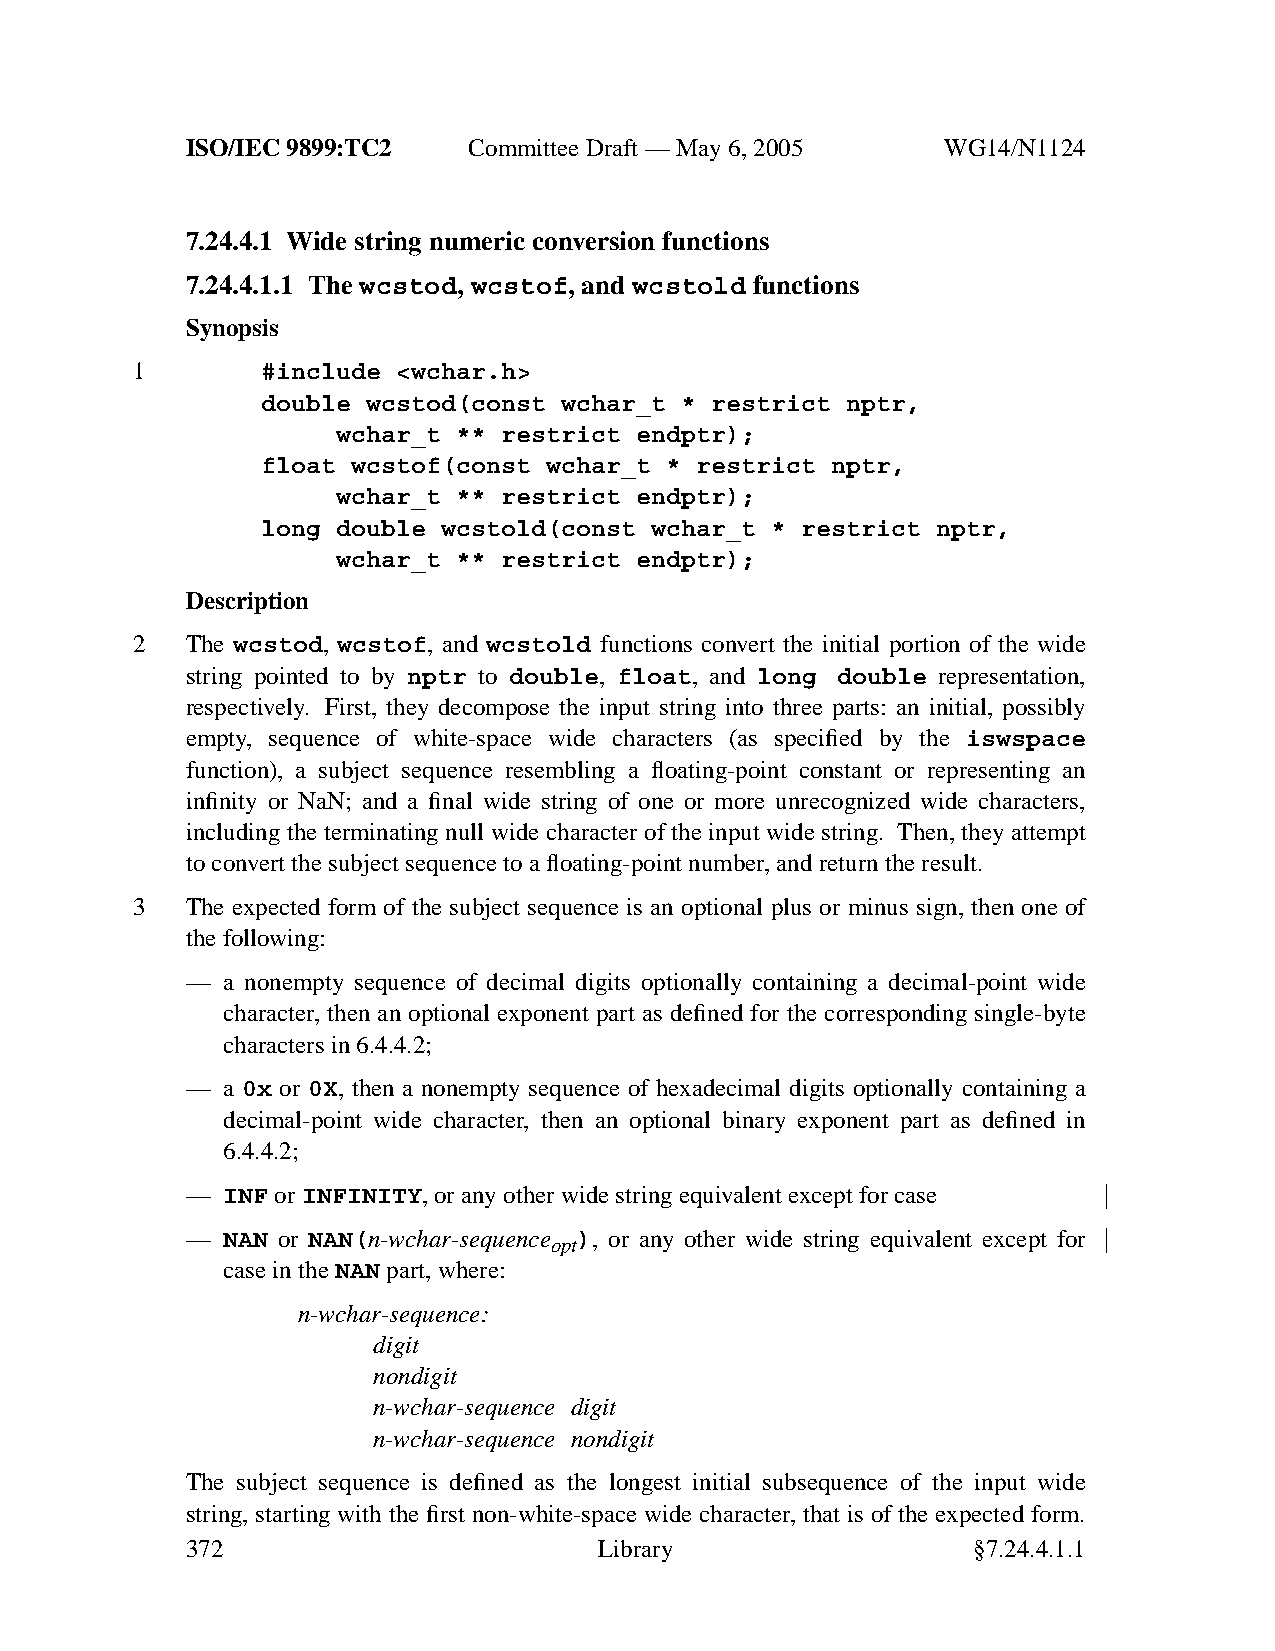
ISO/IEC 9899:TC2   Committee Draft — May 6, 2005   WG14/N1124
 7.24.4.1 Wide string numeric conversion functions
 7.24.4.1.1 The wcstod, wcstof, and wcstold functions
 Synopsis
 1       #include <wchar.h>
 double wcstod(const wchar_t * restrict nptr,
 wchar_t ** restrict endptr);
 float wcstof(const wchar_t * restrict nptr,
 wchar_t ** restrict endptr);
 long double wcstold(const wchar_t * restrict nptr,
 wchar_t ** restrict endptr);
 Description
 2  The wcstod, wcstof, and wcstold functions convert the initial portion of the wide
 string pointed to by nptr to double, float, and long double representation,
 respectively. First, they decompose the input string into three parts: an initial, possibly
 empty, sequence of white-space wide characters (as specified by the iswspace
 function), a subject sequence resembling a floating-point constant or representing an
 infinity or NaN; and a final wide string of one or more unrecognized wide characters,
 including the terminating null wide character of the input wide string. Then, they attempt
 to convert the subject sequence to a floating-point number,and return the result.
 3  The expected form of the subject sequence is an optional plus or minus sign, then one of
 the following:
 —  a nonempty sequence of decimal digits optionally containing a decimal-point wide
 character, then an optional exponent part as defined for the corresponding single-byte
 characters in 6.4.4.2;
 —  a 0x or 0X, then a nonempty sequence of hexadecimal digits optionally containing a
 decimal-point wide character, then an optional binary exponent part as defined in
 6.4.4.2;
 —  INF orINFINITY,orany other wide string equivalent except for case
 —  NAN or NAN(n-wchar-sequence ), or any other wide string equivalent except for
 opt
 case in theNAN part, where:
 n-wchar-sequence:
 digit
 nondigit
 n-wchar-sequence digit
 n-wchar-sequence nondigit
 The subject sequence is defined as the longest initial subsequence of the input wide
 string, starting with the first non-white-space wide character, that is of the expected form.
 372                         Library                 §7.24.4.1.1